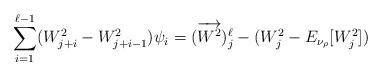
LaTeX: \begin{align*}\sum_{i=1}^{\ell-1} (W^2_{j+i} - W^2_{j+i-1})\psi_i = (\overrightarrow{W^2})^\ell_j - ( W^2_j - E_{\nu_\rho}[W^2_j] )\end{align*}